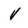
Character: v